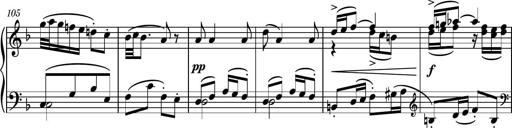
Title: Piano Sonatina II
Composer: Dimitri Sykias
Key: F major